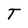
Character: T